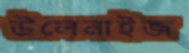
উলেনাইজ